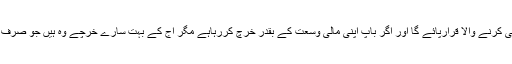
اگریہ باپ مالی وسعت کے باوجود ادائیگی میں کوتاہی کرے تو یہ اولاد کی حق تلفی کرنے والا قرارپائے گا اور اگر باپ اپنی مالی وسعت کے بقدر خرچ کررہاہے مگر آج کے بہت سارے خرچے وہ ہیں جو صرف مقابلہ آرائی اور تنافس (Competition)کی وجہ سے برداشت کرنے پڑتے ہیں ۔